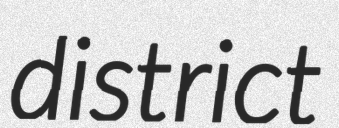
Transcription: district